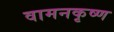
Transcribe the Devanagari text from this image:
वामनकृष्ण